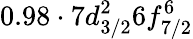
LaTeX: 0.98\cdot 7d_{3/2}^{2}6f_{7/2}^{6}